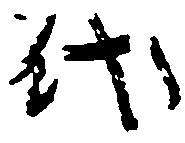
代